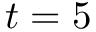
t = 5